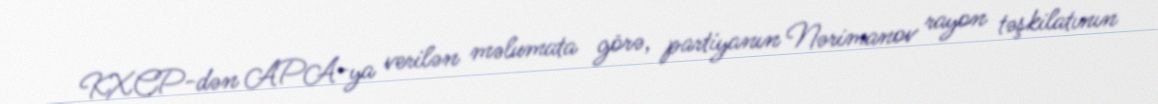
KXCP-dən APA-ya verilən məlumata görə, partiyanın Nərimanov rayon təşkilatının